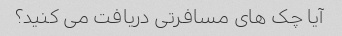
آیا چک های مسافرتی دریافت می کنید؟